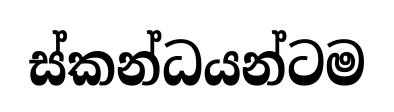
ස්කන්ධයන්ටම